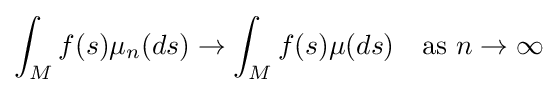
\int _{M}f(s)\mu _{n}(ds)\rightarrow \int _{M}f(s)\mu (ds)\quad {\text{as }}n\rightarrow \infty